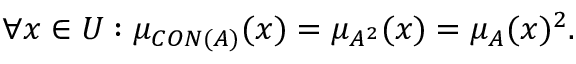
\forall x \in { U } : \mu _ { C O N ( A ) } ( x ) = \mu _ { A ^ { 2 } } ( x ) = \mu _ { A } ( x ) ^ { 2 } .